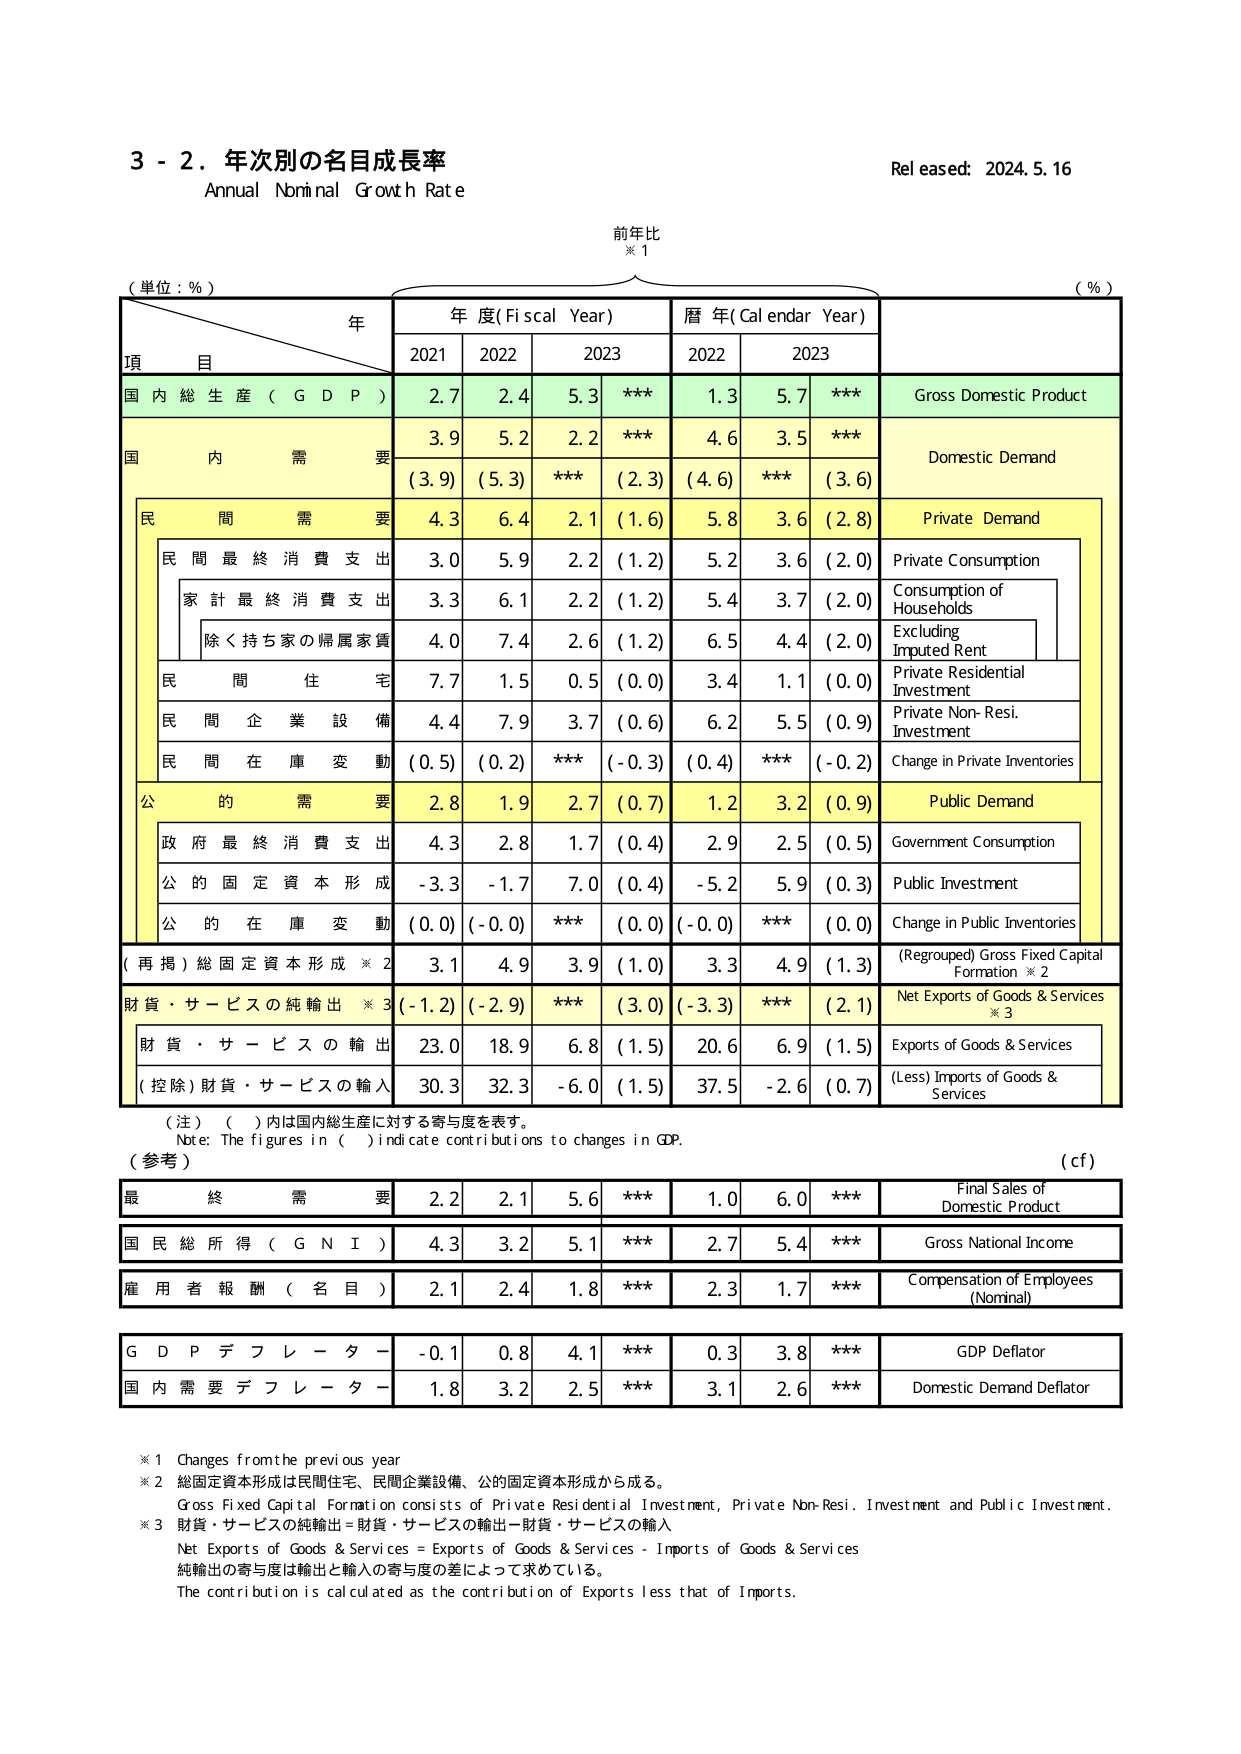
3 - 2. 年次別の名目成長率
Annual Nominal Growth Rate
Released: 2024.5.16

(単位：％)
前年比
※1
(％)

年
年度(Fiscal Year)
暦年(Calendar Year)

項 目
2021
2022
2023
2022
2023

国内総生産（GDP）
2.7
2.4
5.3
***
1.3
5.7
***
Gross Domestic Product

国内需要
3.9
5.2
2.2
***
4.6
3.5
***
Domestic Demand
(3.9)
(5.3)
***
(2.3)
(4.6)
***
(3.6)

民間需要
4.3
6.4
2.1
(1.6)
5.8
3.6
(2.8)
Private Demand

民間最終消費支出
3.0
5.9
2.2
(1.2)
5.2
3.6
(2.0)
Private Consumption

家計最終消費支出
3.3
6.1
2.2
(1.2)
5.4
3.7
(2.0)
Consumption of Households

除く持ち家の帰属家賃
4.0
7.4
2.6
(1.2)
6.5
4.4
(2.0)
Excluding Imputed Rent

民間住宅
7.7
1.5
0.5
(0.0)
3.4
1.1
(0.0)
Private Residential Investment

民間企業設備
4.4
7.9
3.7
(0.6)
6.2
5.5
(0.9)
Private Non-Resi. Investment

民間在庫変動
(0.5)
(0.2)
***
(-0.3)
(0.4)
***
(-0.2)
Change in Private Inventories

公的需要
2.8
1.9
2.7
(0.7)
1.2
3.2
(0.9)
Public Demand

政府最終消費支出
4.3
2.8
1.7
(0.4)
2.9
2.5
(0.5)
Government Consumption

公的固定資本形成
-3.3
-1.7
7.0
(0.4)
-5.2
5.9
(0.3)
Public Investment

公的在庫変動
(0.0)
(-0.0)
***
(0.0)
(-0.0)
***
(0.0)
Change in Public Inventories

(再掲)総固定資本形成※2
3.1
4.9
3.9
(1.0)
3.3
4.9
(1.3)
(Regrouped) Gross Fixed Capital Formation ※2

財貨・サービスの純輸出※3
(-1.2)
(-2.9)
***
(3.0)
(-3.3)
***
(2.1)
Net Exports of Goods & Services ※3

財貨・サービスの輸出
23.0
18.9
6.8
(1.5)
20.6
6.9
(1.5)
Exports of Goods & Services

(控除)財貨・サービスの輸入
30.3
32.3
-6.0
(1.5)
37.5
-2.6
(0.7)
(Less) Imports of Goods & Services

（注）（ ）内は国内総生産に対する寄与度を表す。
Note: The figures in ( ) indicate contributions to changes in GDP.

（参考）
(cf)

最終需要
2.2
2.1
5.6
***
1.0
6.0
***
Final Sales of Domestic Product

国民総所得（GNI）
4.3
3.2
5.1
***
2.7
5.4
***
Gross National Income

雇用者報酬（名目）
2.1
2.4
1.8
***
2.3
1.7
***
Compensation of Employees (Nominal)

GDPデフレーター
-0.1
0.8
4.1
***
0.3
3.8
***
GDP Deflator

国内需要デフレーター
1.8
3.2
2.5
***
3.1
2.6
***
Domestic Demand Deflator

※1 Changes from the previous year
※2 総固定資本形成は民間住宅、民間企業設備、公的固定資本形成から成る。
Gross Fixed Capital Formation consists of Private Residential Investment, Private Non-Resi. Investment and Public Investment.
※3 財貨・サービスの純輸出＝財貨・サービスの輸出－財貨・サービスの輸入
Net Exports of Goods & Services = Exports of Goods & Services - Imports of Goods & Services
純輸出の寄与度は輸出と輸入の寄与度の差によって求めている。
The contribution is calculated as the contribution of Exports less that of Imports.